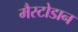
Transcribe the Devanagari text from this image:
मैस्टोडान